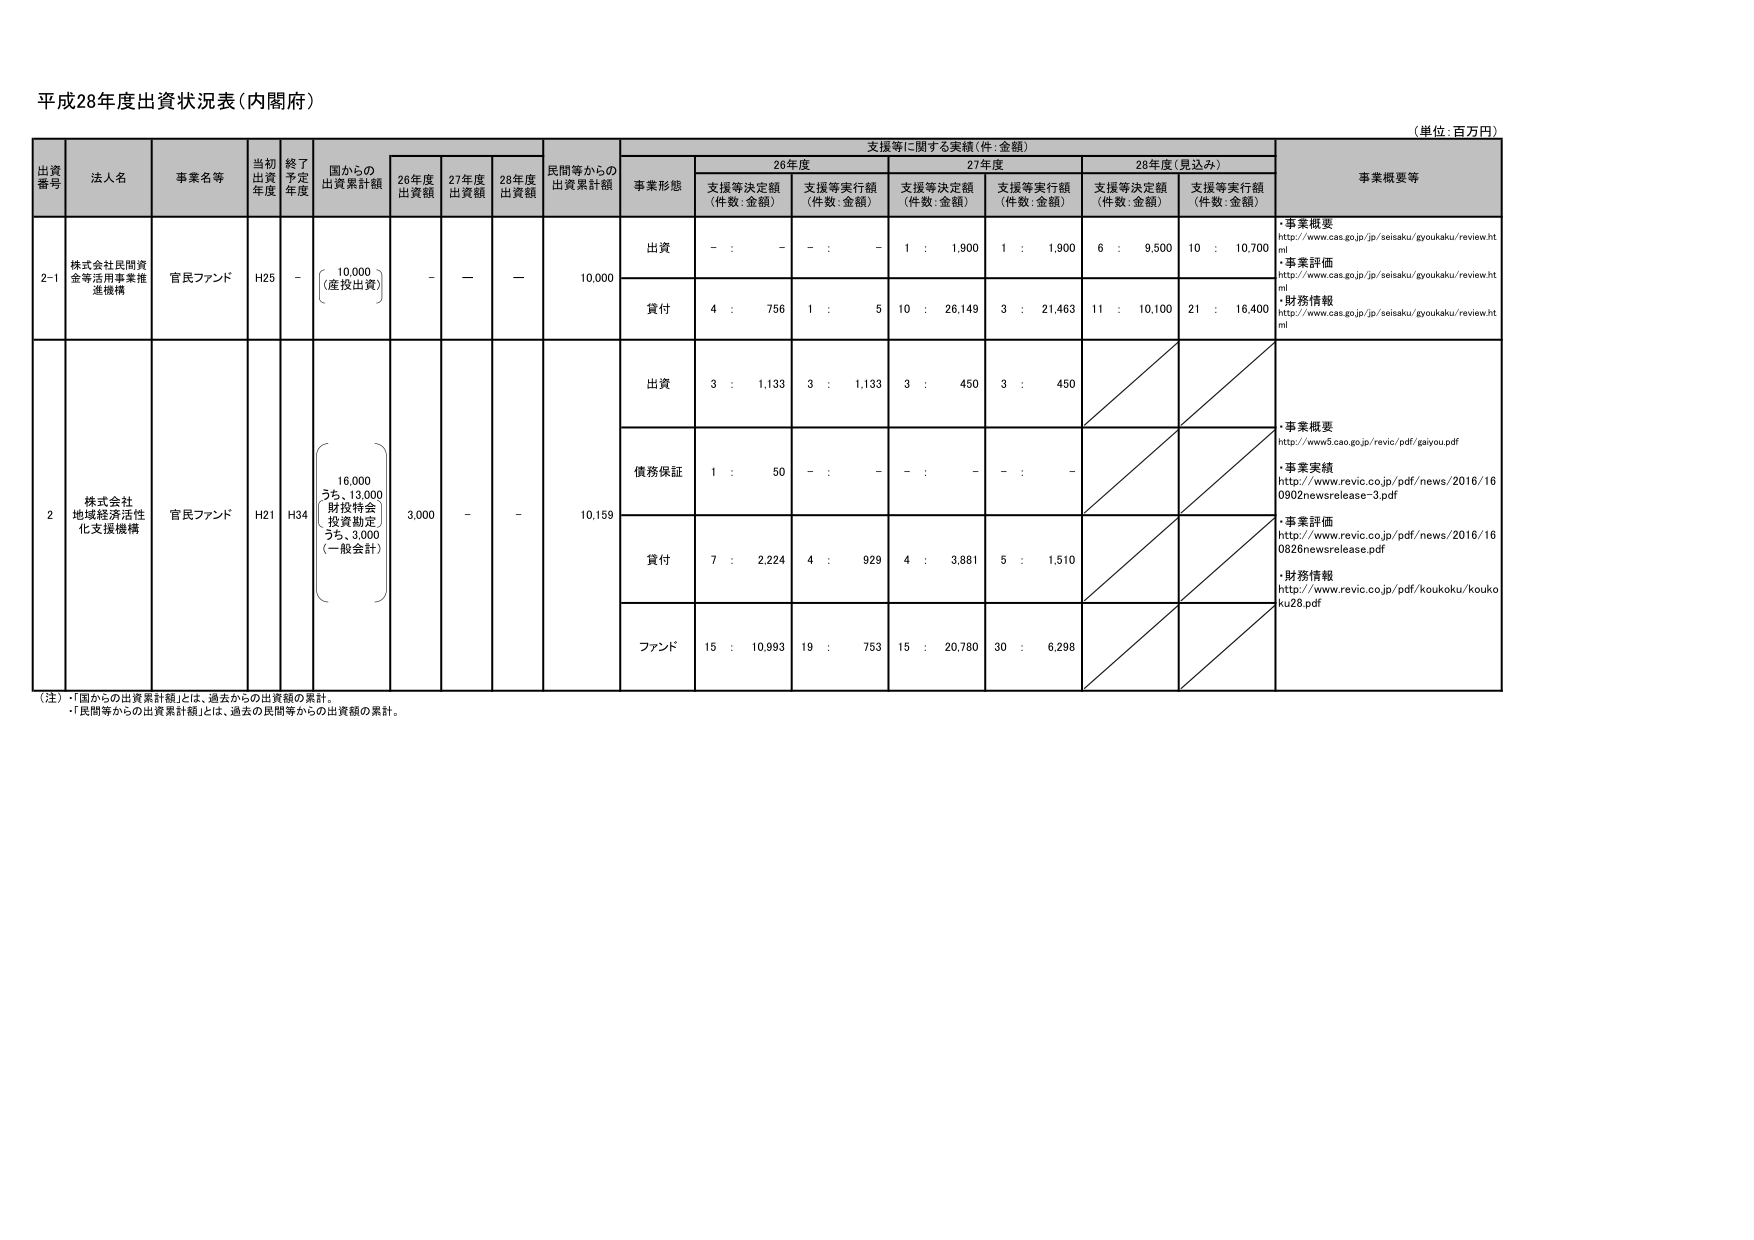
平成28年度出資状況表（内閣府）

（単位：百万円）

出資番号　法人名　事業名等　当初出資年度　終了予定年度　国からの出資累計額　26年度出資額　27年度出資額　28年度出資額　民間等からの出資累計額　支援等に関する実績（件：金額）　事業概要等

支援等に関する実績（件：金額）
　　26年度